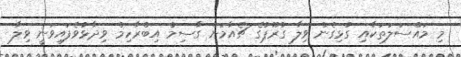
މި މައްސަލަތަކާއި ގުޅިގެން ވިލާ ގުރޫޕުގެ ޗެއާމަން ގާސިމް އިބްރާހިމް ވިދާޅުވެފައިވަނީ ވިލާ